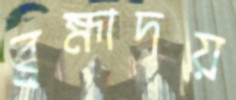
ব্রহ্মাদয়